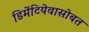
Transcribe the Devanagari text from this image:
डिमेंटियेवासोबत